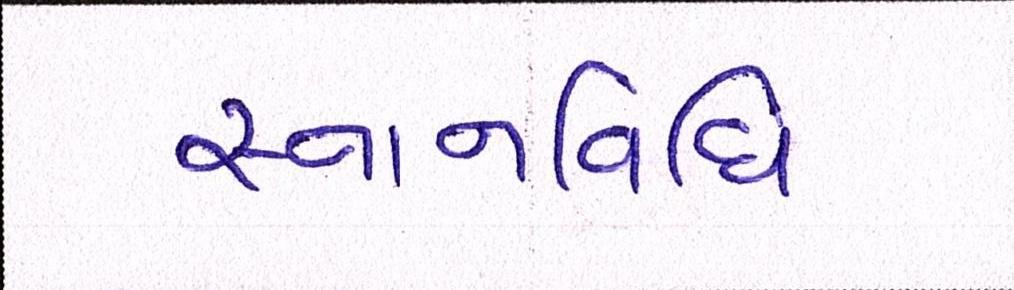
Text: સ્નાનવિધિ